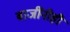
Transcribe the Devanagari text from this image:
बाजींनीही